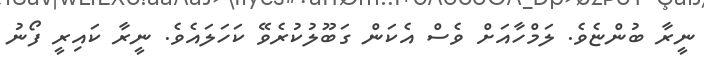
ނީރާ ބުންޏެވެ. ލަމްހާއަށް ވެސް އެކަން ގަބޫލުކުރެވޭ ކަހަލައެވެ. ނީރާ ކައިރީ ފޯނު